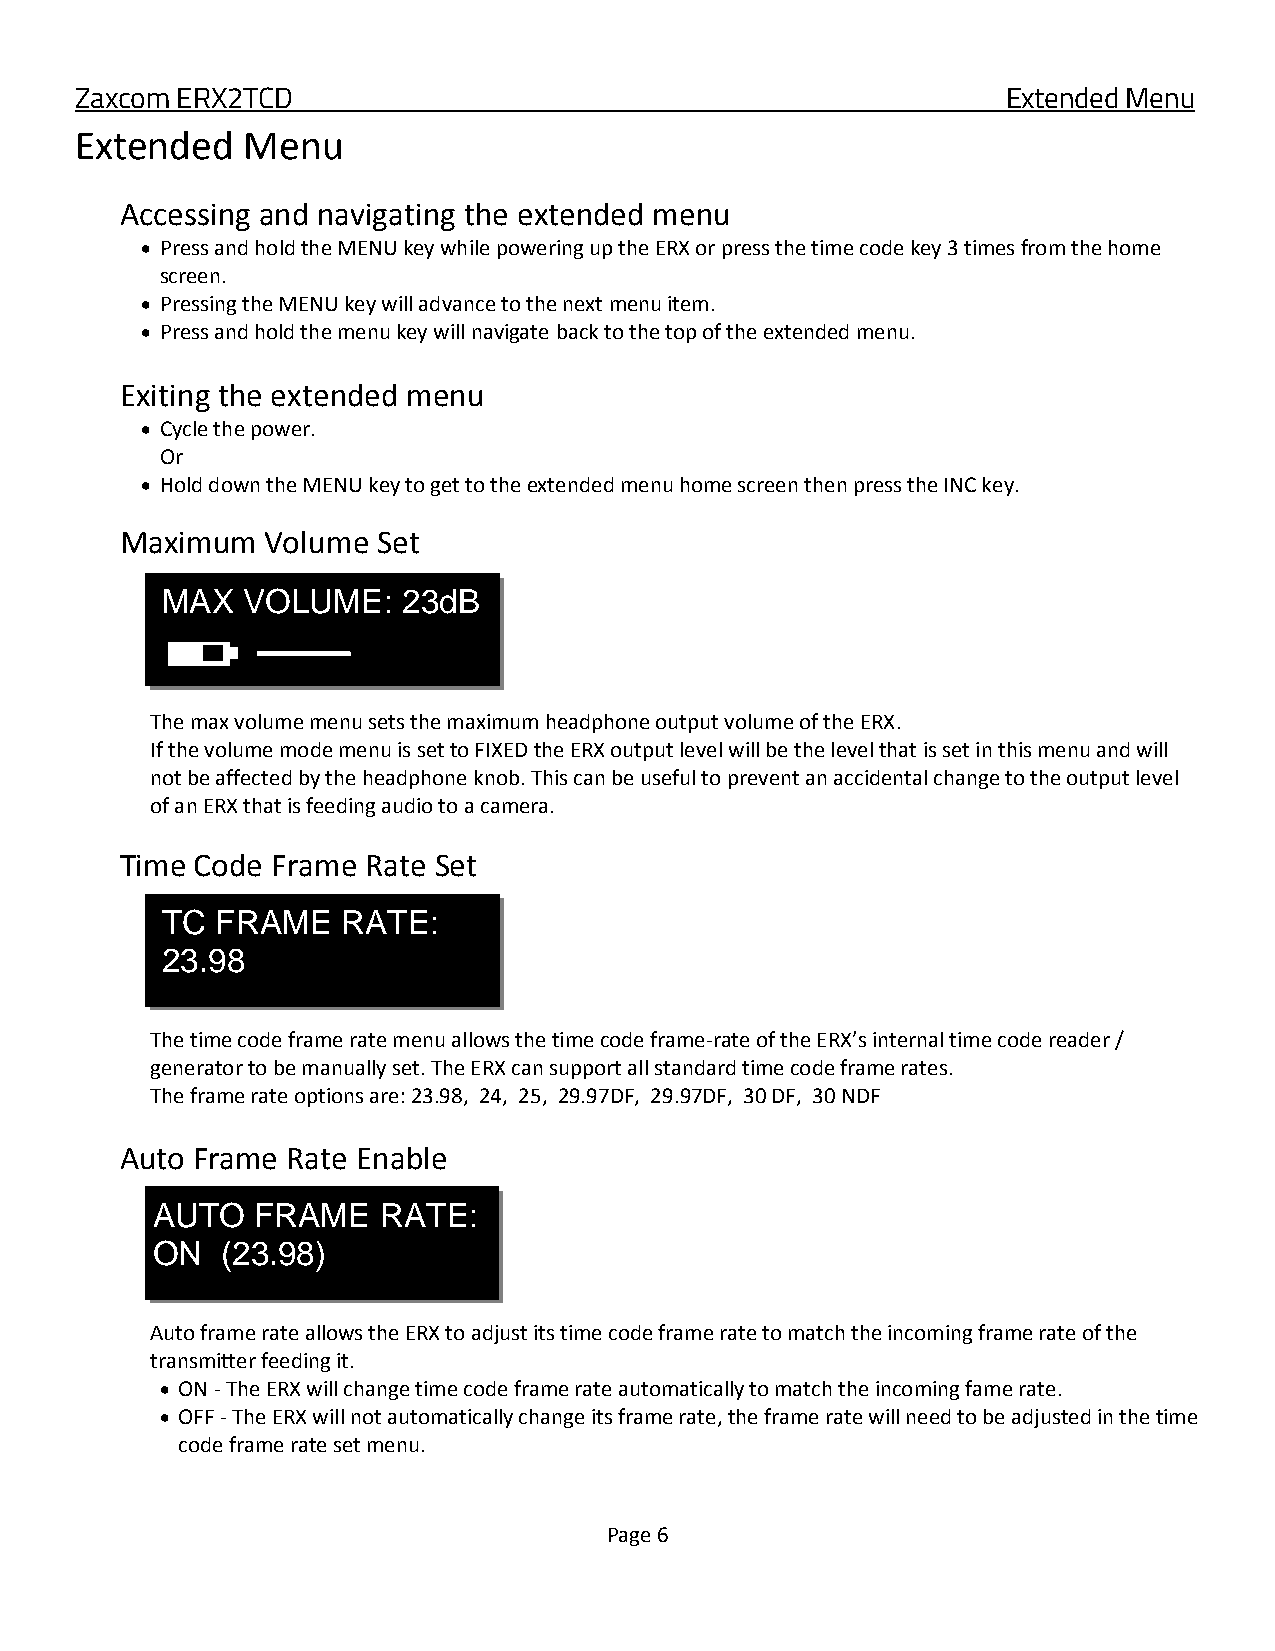
Zaxcom ERX2TCD                                                Extended Menu
 Extended   Menu
 Accessing and navigating the extended menu
  Press and hold the MENU key while powering up the ERX or press the time code key 3 times from the home
 screen.
  Pressing the MENU key will advance to the next menu item.
  Press and hold the menu key will navigate back to the top of the extended menu.
 Exiting the extended menu
  Cycle the power.
 Or
  Hold down the MENU key to get to the extended menu home screen then press the INC key.
 Maximum   Volume Set
 MAX  VOLUME:    23dB
 The max volume menu sets the maximum headphone output volume of the ERX.
 If the volume mode menu is set to FIXED the ERX output level will be the level that is set in this menu and will
 not be affected by the headphone knob. This can be useful to prevent an accidental change to the output level
 of an ERX that is feeding audio to a camera.
 Time Code Frame Rate Set
 TC FRAME    RATE:
 23.98
 The time code frame rate menu allows the time code frame-rate of the ERX’s internal time code reader /
 generator to be manually set. The ERX can support all standard time code frame rates.
 The frame rate options are: 23.98, 24, 25, 29.97DF, 29.97DF, 30 DF, 30 NDF
 Auto Frame Rate Enable
 AUTO   FRAME   RATE:
 ON   (23.98)
 Auto frame rate allows the ERX to adjust its time code frame rate to match the incoming frame rate of the
 transmitter feeding it.
  ON - The ERX will change time code frame rate automatically to match the incoming fame rate.
  OFF - The ERX will not automatically change its frame rate, the frame rate will need to be adjusted in the time
 code frame rate set menu.
 Page 6